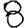
Digit: 8